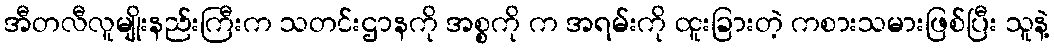
အီတလီလူမျိုးနည်းကြီးက သတင်းဌာနကို အစ္စကို က အရမ်းကို ထူးခြားတဲ့ ကစားသမားဖြစ်ပြီး သူနဲ့